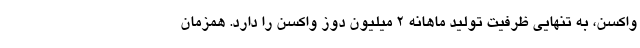
واکسن، به تنهایی ظرفیت تولید ماهانه ۲ میلیون دوز واکسن را دارد. همزمان